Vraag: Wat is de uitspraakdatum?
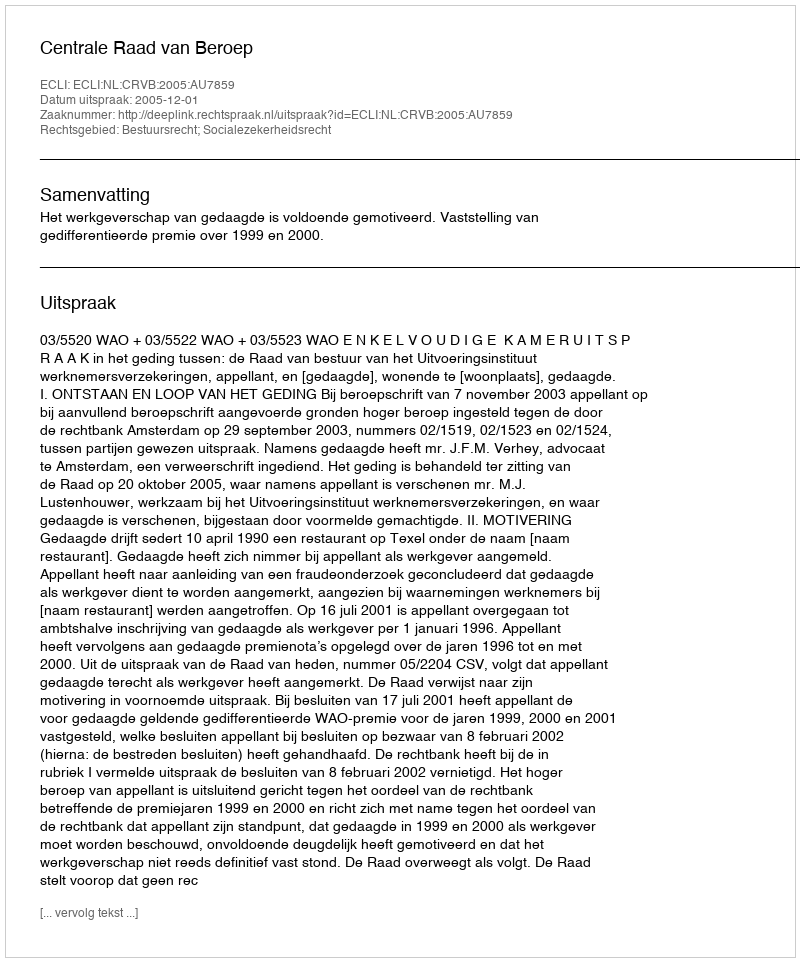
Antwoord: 2005-12-01